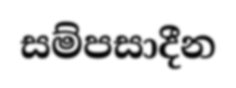
සම්පසාදීන